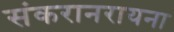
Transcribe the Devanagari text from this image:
संकरानरायना